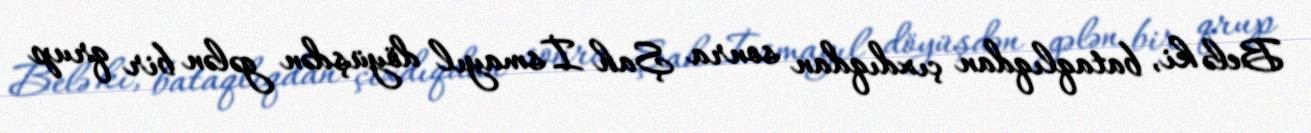
Belə ki, bataqlıqdan çıxdıqdan sonra Şah İsmayıl döyüşdən gələn bir qrup